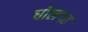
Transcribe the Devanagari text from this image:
धोलगढ